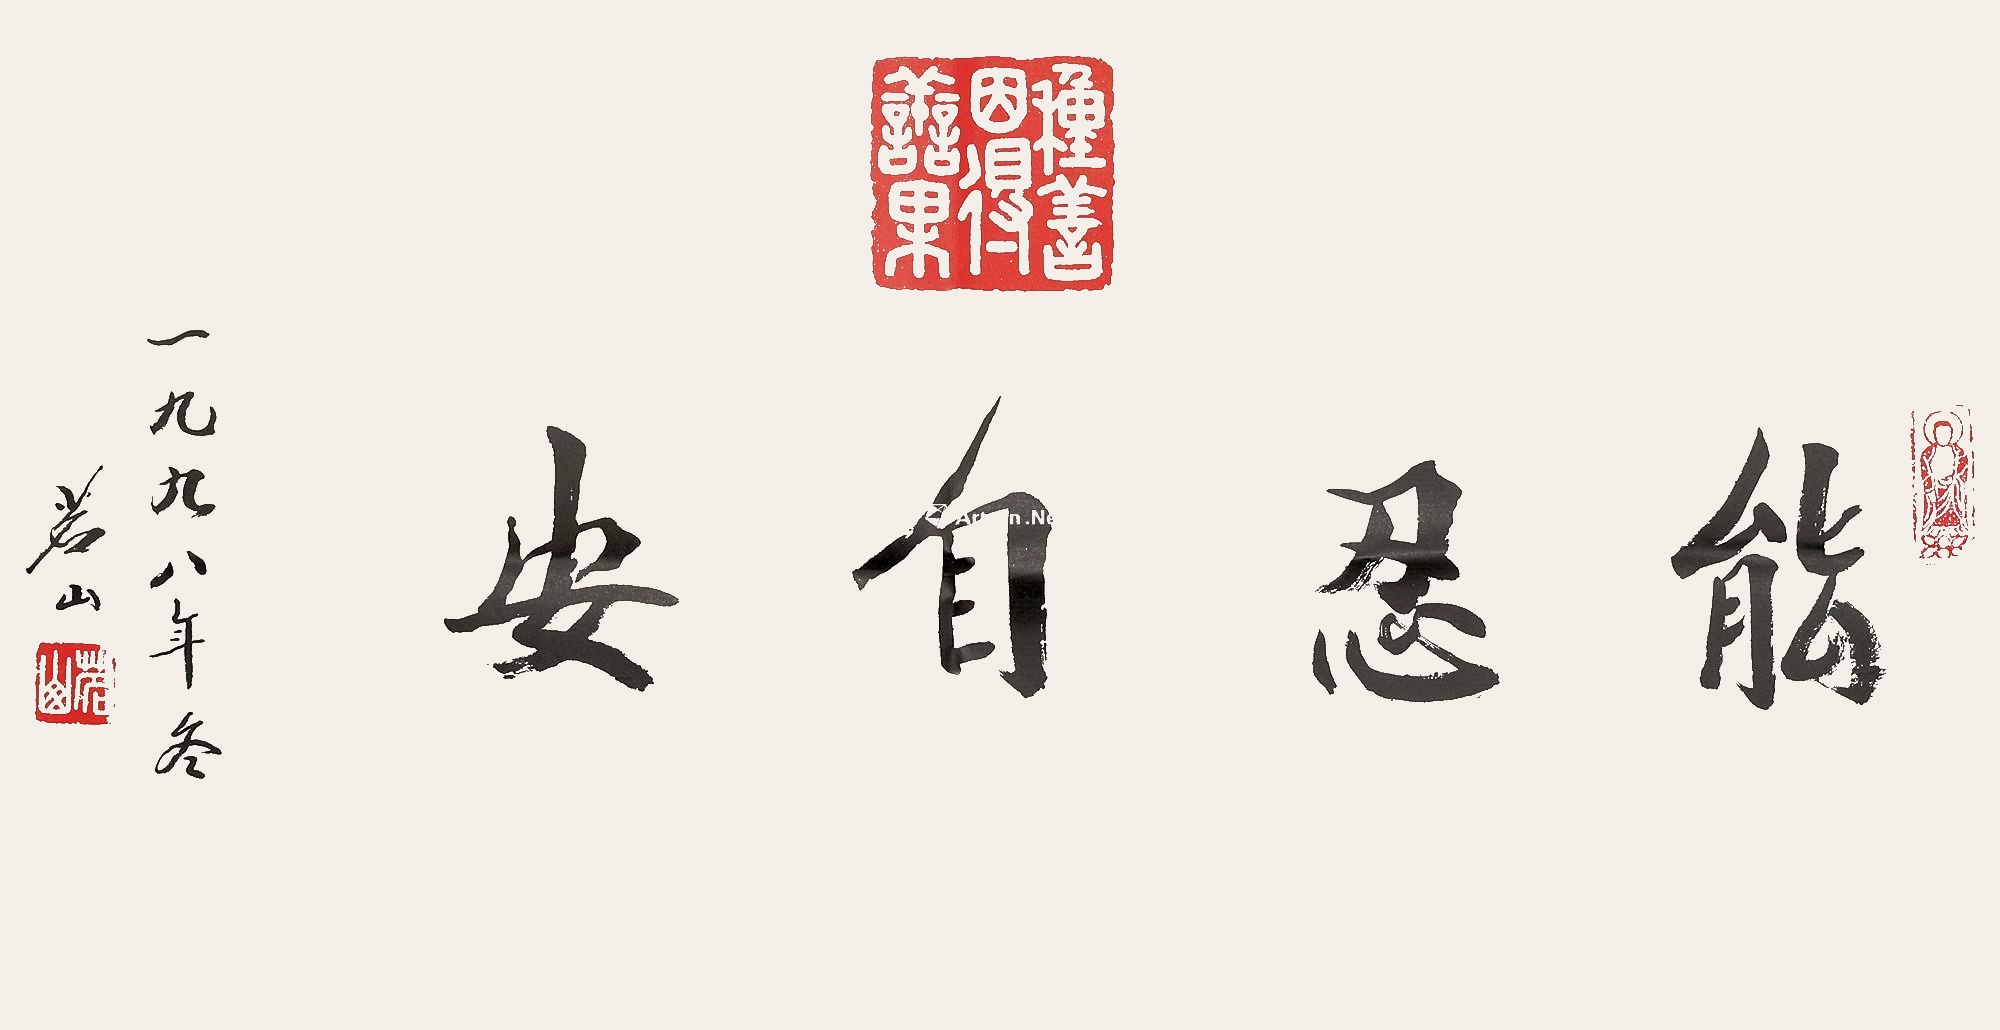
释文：能忍自安。一九九八年冬，茗山。